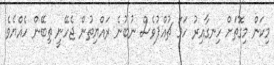
މިކަން މިގޮތަށް ހިނގާއިރު ހަމަ ޗުއްޕުވެސް ނުބުނެ ރައްޔިތުން ޖެހޭނީ ތިބޭން ހެއްޔެވެ